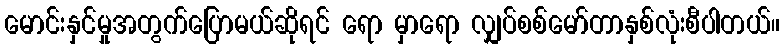
မောင်းနှင်မှုအတွက်ပြောမယ်ဆိုရင် ရော မှာရော လျှပ်စစ်မော်တာနှစ်လုံးစီပါတယ်။